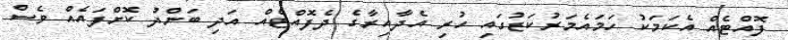
ފޮއްޓެއް އެކަމަކު ހަމައެމަރުކަޒުގައި ހުރި އެދާއިރާގެ ދެފޮއްޓެއް އަދި ބަންދު ކޮށްފައެއް ވެސް